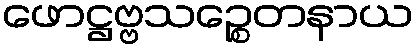
ဖောဋ္ဌဗ္ဗသဉ္စေတနာယ